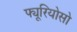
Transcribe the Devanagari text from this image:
फ्यूरियोसो